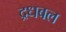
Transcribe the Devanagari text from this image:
द्रधबल